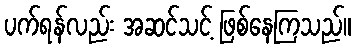
ပက်ရန်လည်း အဆင်သင့် ဖြစ်နေကြသည်။